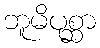
ဘူမိပုစ္ဆာ